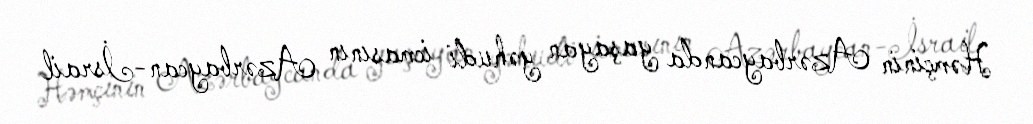
Həmçinin Azərbaycanda yaşayan yəhudi icmasının Azərbaycan-İsrail